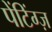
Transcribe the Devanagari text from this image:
पेंटिंग्ज़